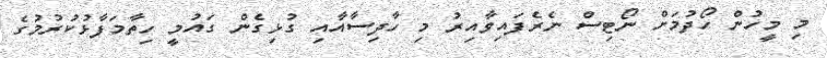
މި މީހުން ހޯދުމަށް ނޯޓިސް ނެރެފައިވާއިރު މި ހާދިސާއާއި ގުޅިގެން ގައުމީ ހިތާމަފާޅުކުރުމުގެ